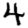
Digit: 4